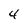
Character: 4